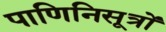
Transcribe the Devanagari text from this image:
पाणिनिसूत्रों